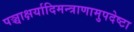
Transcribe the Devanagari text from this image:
पञ्चाक्षर्यादिमन्त्राणामुपदेष्टा